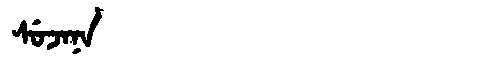
Manchu: ᠰᡠᠵᠠᠨᠠ
Romanization: SUJANA